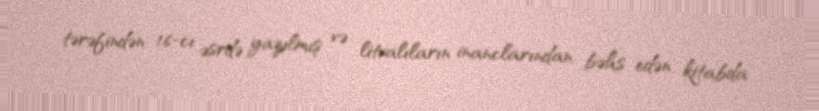
tərəfindən 16-cı əsrdə yazılmış və litvalıların inanclarından bəhs edən kitabda